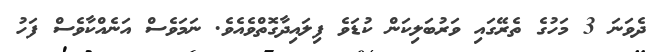
ދެވަނަ 3 މަހުގެ ތެރޭގައި ވަރުބަލިކަން ކުޑަވެ ފިލައިދާގޮތްވެއެވެ. ނަމަވެސް އަނެއްކާވެސް ފަހު